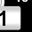
Digit: 1